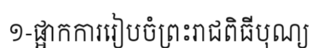
១-ផ្អាកការរៀបចំព្រះរាជពិធីបុណ្យ